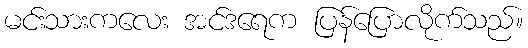
မင်းသားကလေး အင်ဒရေက ပြန်ပြောလိုက်သည်။